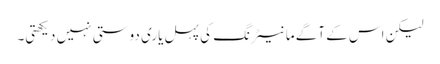
لیکن اس کے آگے مانیٹرنگ کی پہل یاری دوستی نہیں دیکھتی۔